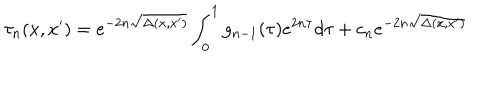
LaTeX: \tau _ { n } ( x , x ^ { \prime } ) = e ^ { - 2 n \sqrt { \Delta ( x , x ^ { \prime } ) } } \int _ { 0 } ^ { 1 } g _ { n - 1 } ( \tau ) e ^ { 2 n \tau } d \tau + c _ { n } e ^ { - 2 n \sqrt { \Delta ( x , x ^ { \prime } ) } }